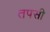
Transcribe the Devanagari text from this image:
तपसी